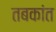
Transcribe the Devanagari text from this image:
तबकांत